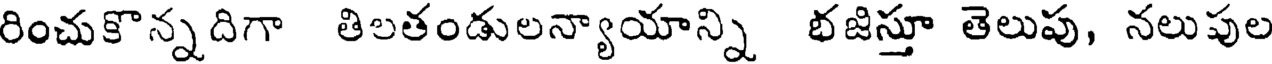
రించుకొన్నదిగా తిలతండులన్యాయాన్ని భజిస్తూ తెలుపు, నలుపుల